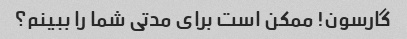
گارسون! ممکن است برای مدتی شما را ببینم؟